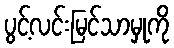
ပွင့်လင်းမြင်သာမှုကို